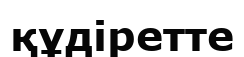
құдіретте